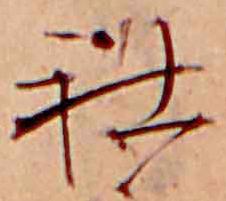
社